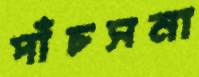
পাঁচসনা